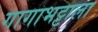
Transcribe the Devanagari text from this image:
गागाभट्टाला